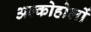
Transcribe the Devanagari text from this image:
अल्कोहोलों